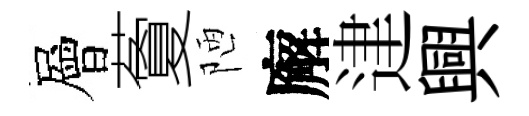
層藑陋廨䢖興